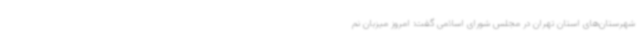
شهرستان‌های استان تهران در مجلس شورای اسلامی گفت: امروز میزبان نم